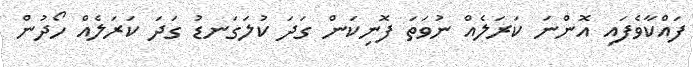
ފައްކާވެފައި އޮންނަ ކަރަލެއް ނުވަތަ ފޮނިކަން ގަދަ ކުލަގަނޑު ގަދަ ކަރަލެއް ހޯދުން